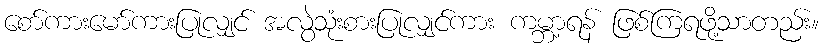
စော်ကားမော်ကားပြုလျှင် အလွဲသုံးစားပြုလျှင်ကား ကမ္ဘာ့ရန် ဖြစ်ကြရဖို့သာတည်း။